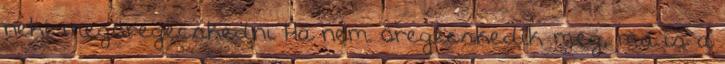
neki megöregecskedni Ha nem öregecskedik meg, ma is a